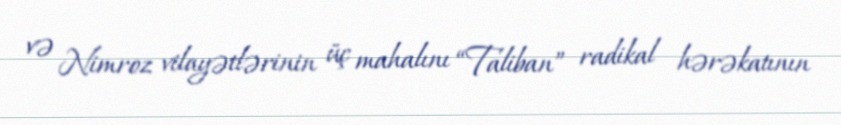
və Nimroz vilayətlərinin üç mahalını “Taliban” radikal hərəkatının